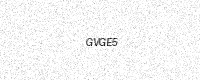
Text: GVGE5